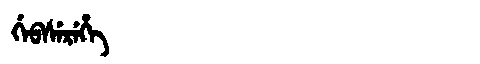
Manchu: ᡤᡝᠪᠰᡝᡵᡝᡥᡝ
Romanization: GEBSEREHE